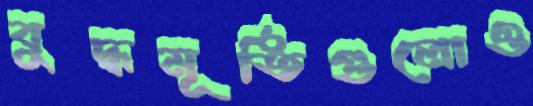
বুদ্ধমূর্তিগুলোও